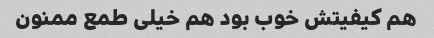
هم کیفیتش خوب بود هم خیلی طمع ممنون